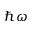
\hbar \omega